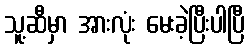
သူ့ဆီမှာ အားလုံး မေးခဲ့ပြီးပါပြီ